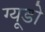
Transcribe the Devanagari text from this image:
ग्यूडो